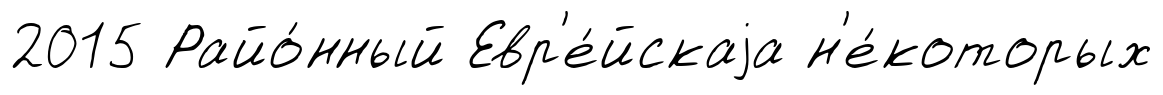
2015 Райо́нный Евр'е́йскаjа н'е́которых